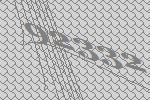
92332